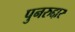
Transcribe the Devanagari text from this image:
पुनरुद्दार